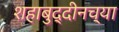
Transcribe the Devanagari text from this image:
शहाबुद्दीनच्या